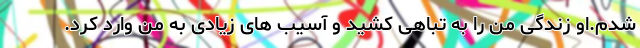
شدم.او زندگی من را به تباهی کشید و آسیب های زیادی به من وارد کرد.